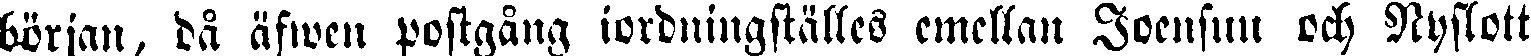
början, då äfwen postgång iordningställes emellan Joensuu och Nyslott